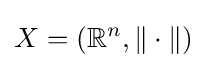
X=(\mathbb {R} ^{n},\|\cdot \|)